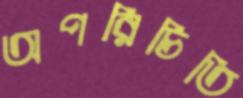
অপরিচিতি